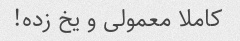
کاملا معمولی و یخ زده!